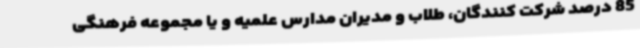
85 درصد شرکت کنندگان، طلاب و مدیران مدارس علمیه و یا مجموعه فرهنگی